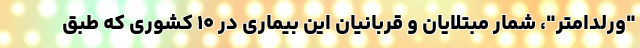
"ورلداُمتر"، شمار مبتلایان و قربانیان این بیماری در ۱۰ کشوری که طبق